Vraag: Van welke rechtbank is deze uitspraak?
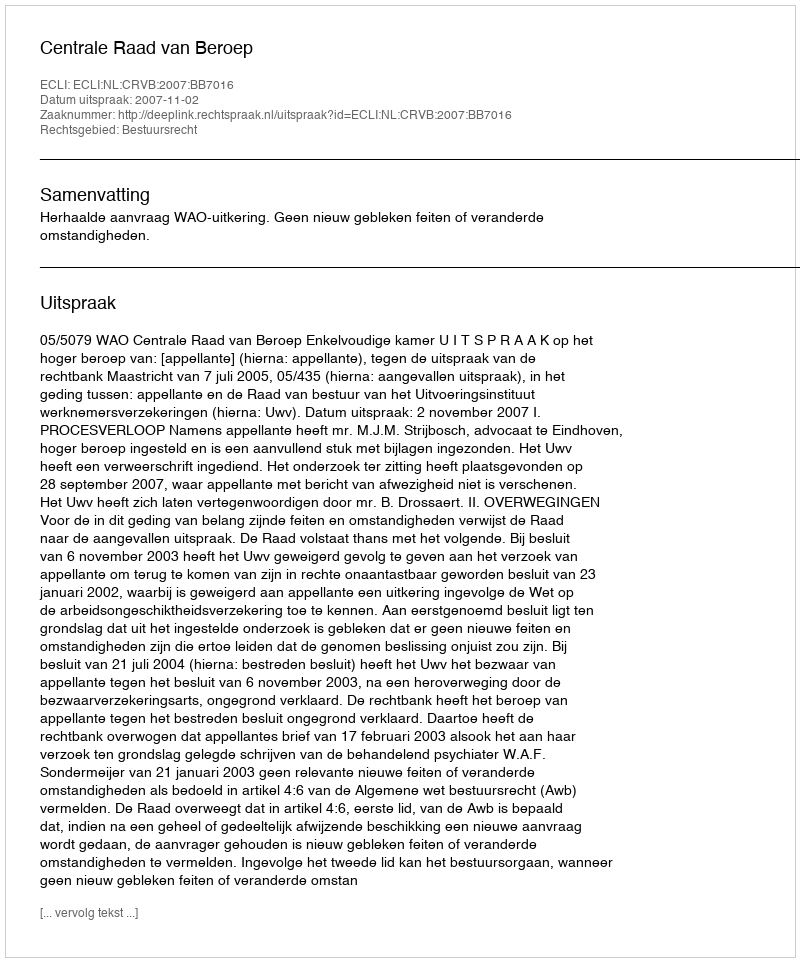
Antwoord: Centrale Raad van Beroep